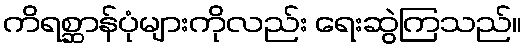
ကိရစ္ဆာန်ပုံများကိုလည်း ရေးဆွဲကြသည်။